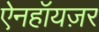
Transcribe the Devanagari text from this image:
ऐनहॉयज़र